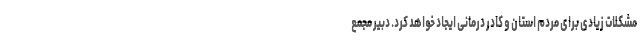
مشکلات زیادی برای مردم استان و کادر درمانی ایجاد خواهد کرد. دبیر مجمع